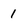
Character: 1